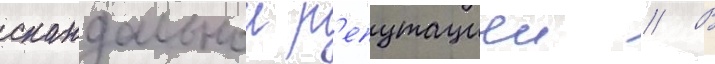
скандальнои р'епутациеи // В